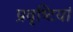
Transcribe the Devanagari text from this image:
प्रवृष्‍टियां